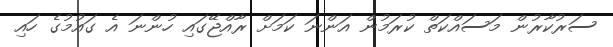
ސަރުކާރުން މަސައްކަތް ކުރަމުން އަންނަ ކަމަށް ރާއްޖޭގައި ހުންނަ އެ ގައުމުގެ ހައި